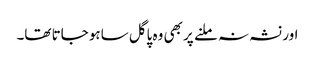
اور نشہ نہ ملنے پر بھی وہ پاگل ساہو جاتا تھا۔